Indian journal of veterinary science and animal husbandry - Volumes 28-29, 1958-1959
Year: 1958
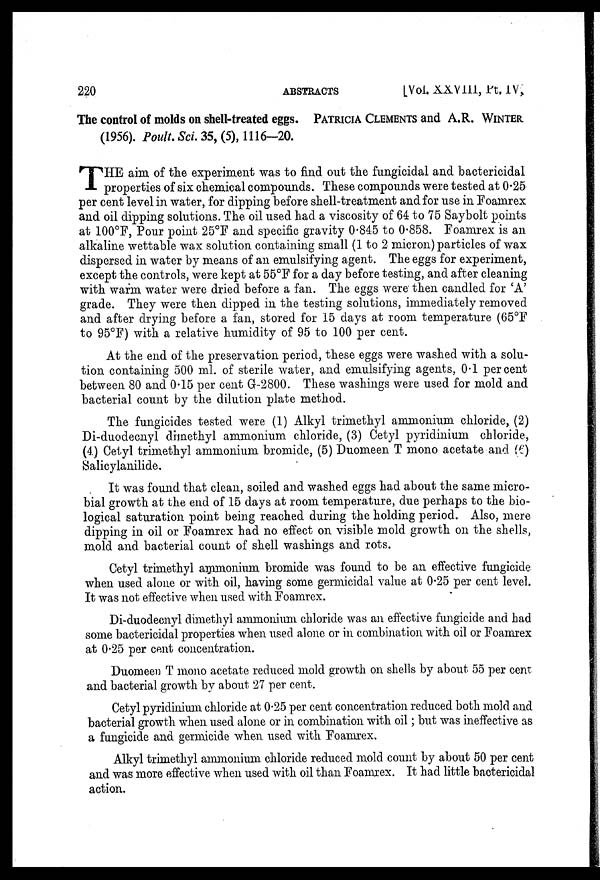
220
ABSTRACTS
[Vol. XXVIII, Pt. IV,
The control of molds on shell-treated eggs. PATRICIA CLEMENTS and A.R. WINTER
(1956). Poult. Sci. 35, (5), 1116-20.
T HE aim of the experiment was to find out the fungicidal and bactericidal
properties of six chemical compounds. These compounds were tested at 0.25
per cent level in water, for dipping before shell-treatment and for use in Foamrex
and oil dipping solutions. The oil used had a viscosity of 64 to 75 Saybolt points
at 100°F, Pour point 25°F and specific gravity 0.845 to 0.858. Foamrex is an
alkaline wettable wax solution containing small (1 to 2 micron) particles of wax
dispersed in water by means of an emulsifying agent. The eggs for experiment,
except the controls, were kept at 55°F for a day before testing, and after cleaning
with warm water were dried before a fan. The eggs were then candled for 'A'
grade. They were then dipped in the testing solutions, immediately removed
and after drying before a fan, stored for 15 days at room temperature (65°F
to 95°F) with a relative humidity of 95 to 100 per cent.
At the end of the preservation period, these eggs were washed with a solu-
tion containing 500 ml. of sterile water, and emulsifying agents, 0.1 percent
between 80 and 0.15 per cent G-2800. These washings were used for mold and
bacterial count by the dilution plate method.
The fungicides tested were (1) Alkyl trimethyl ammonium chloride, (2)
Di-duodecnyl dimethyl ammonium chloride, (3) Cetyl pyridinium chloride,
(4) Cetyl trimethyl ammonium bromide, (5) Duomeen T mono acetate and (6)
Salicylanilide.
It was found that clean, soiled and washed eggs had about the same micro-
bial growth at the end of 15 days at room temperature, due perhaps to the bio-
logical saturation point being reached during the holding period. Also, mere
dipping in oil or Foamrex had no effect on visible mold growth on the shells,
mold and bacterial count of shell washings and rots.
Cetyl trimethyl ammonium bromide was found to be an effective fungicide
when used alone or with oil, having some germicidal value at 0.25 per cent level.
It was not effective when used with Foamrex.
Di-duodecnyl dimethyl ammonium chloride was an effective fungicide and had
some bactericidal properties when used alone or in combination with oil or Foamrex
at 0.25 per cent concentration.
Duomeen T mono acetate reduced mold growth on shells by about 55 per cent
and bacterial growth by about 27 per cent.
Cetyl pyridinium chloride at 0.25 per cent concentration reduced both mold and
bacterial growth when used alone or in combination with oil; but was ineffective as
a fungicide and germicide when used with Foamrex.
Alkyl trimethyl ammonium chloride reduced mold count by about 50 per cent
and was more effective when used with oil than Foamrex. It had little bactericidal
action.